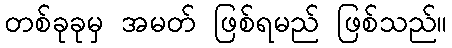
တစ်ခုခုမှ အမတ် ဖြစ်ရမည် ဖြစ်သည်။